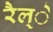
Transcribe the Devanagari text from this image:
रैल्े